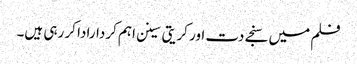
فلم میں سنجے دت اور کریتی سینن اہم کردارادا کر رہی ہیں۔